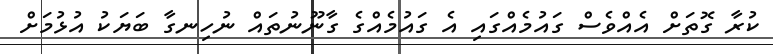
ކުރާ ގޮތަށް އެއްވެސް ގައުމެއްގައި އެ ގައުމެއްގެ ގާނޫނުތައް ނުހިނގާ ބަޔަކު އުޅުމަށް